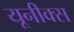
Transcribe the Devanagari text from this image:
यूनीक्स